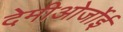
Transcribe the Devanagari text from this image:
देमीओर्जोई